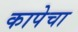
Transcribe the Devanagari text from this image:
कापेचा